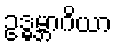
ဥဒ္ဓမ္ဘာဂိယာ